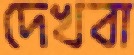
দেখবা